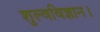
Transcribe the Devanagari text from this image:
शुल्वविज्ञान।